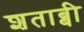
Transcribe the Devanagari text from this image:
शताब्बी